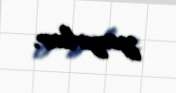
yazırlar.